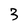
Character: 3